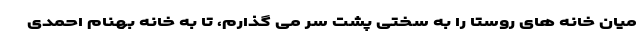
میان خانه های روستا را به سختی پشت سر می گذارم، تا به خانه بهنام احمدی